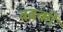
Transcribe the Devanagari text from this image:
वढकी